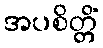
အပစိတ္တိံ